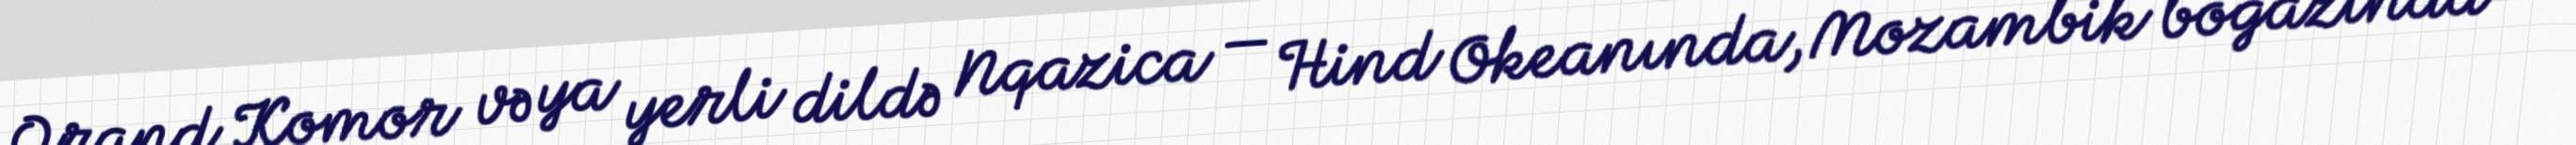
Qrand Komor və ya yerli dildə Nqazica — Hind Okeanında, Mozambik boğazında